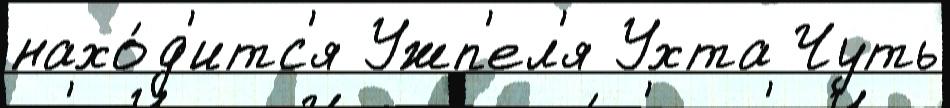
нахо́д'итс'я Ужп'ел'я Ухта Чуть